Vana-Vandra_vallavalitsus, lk 41
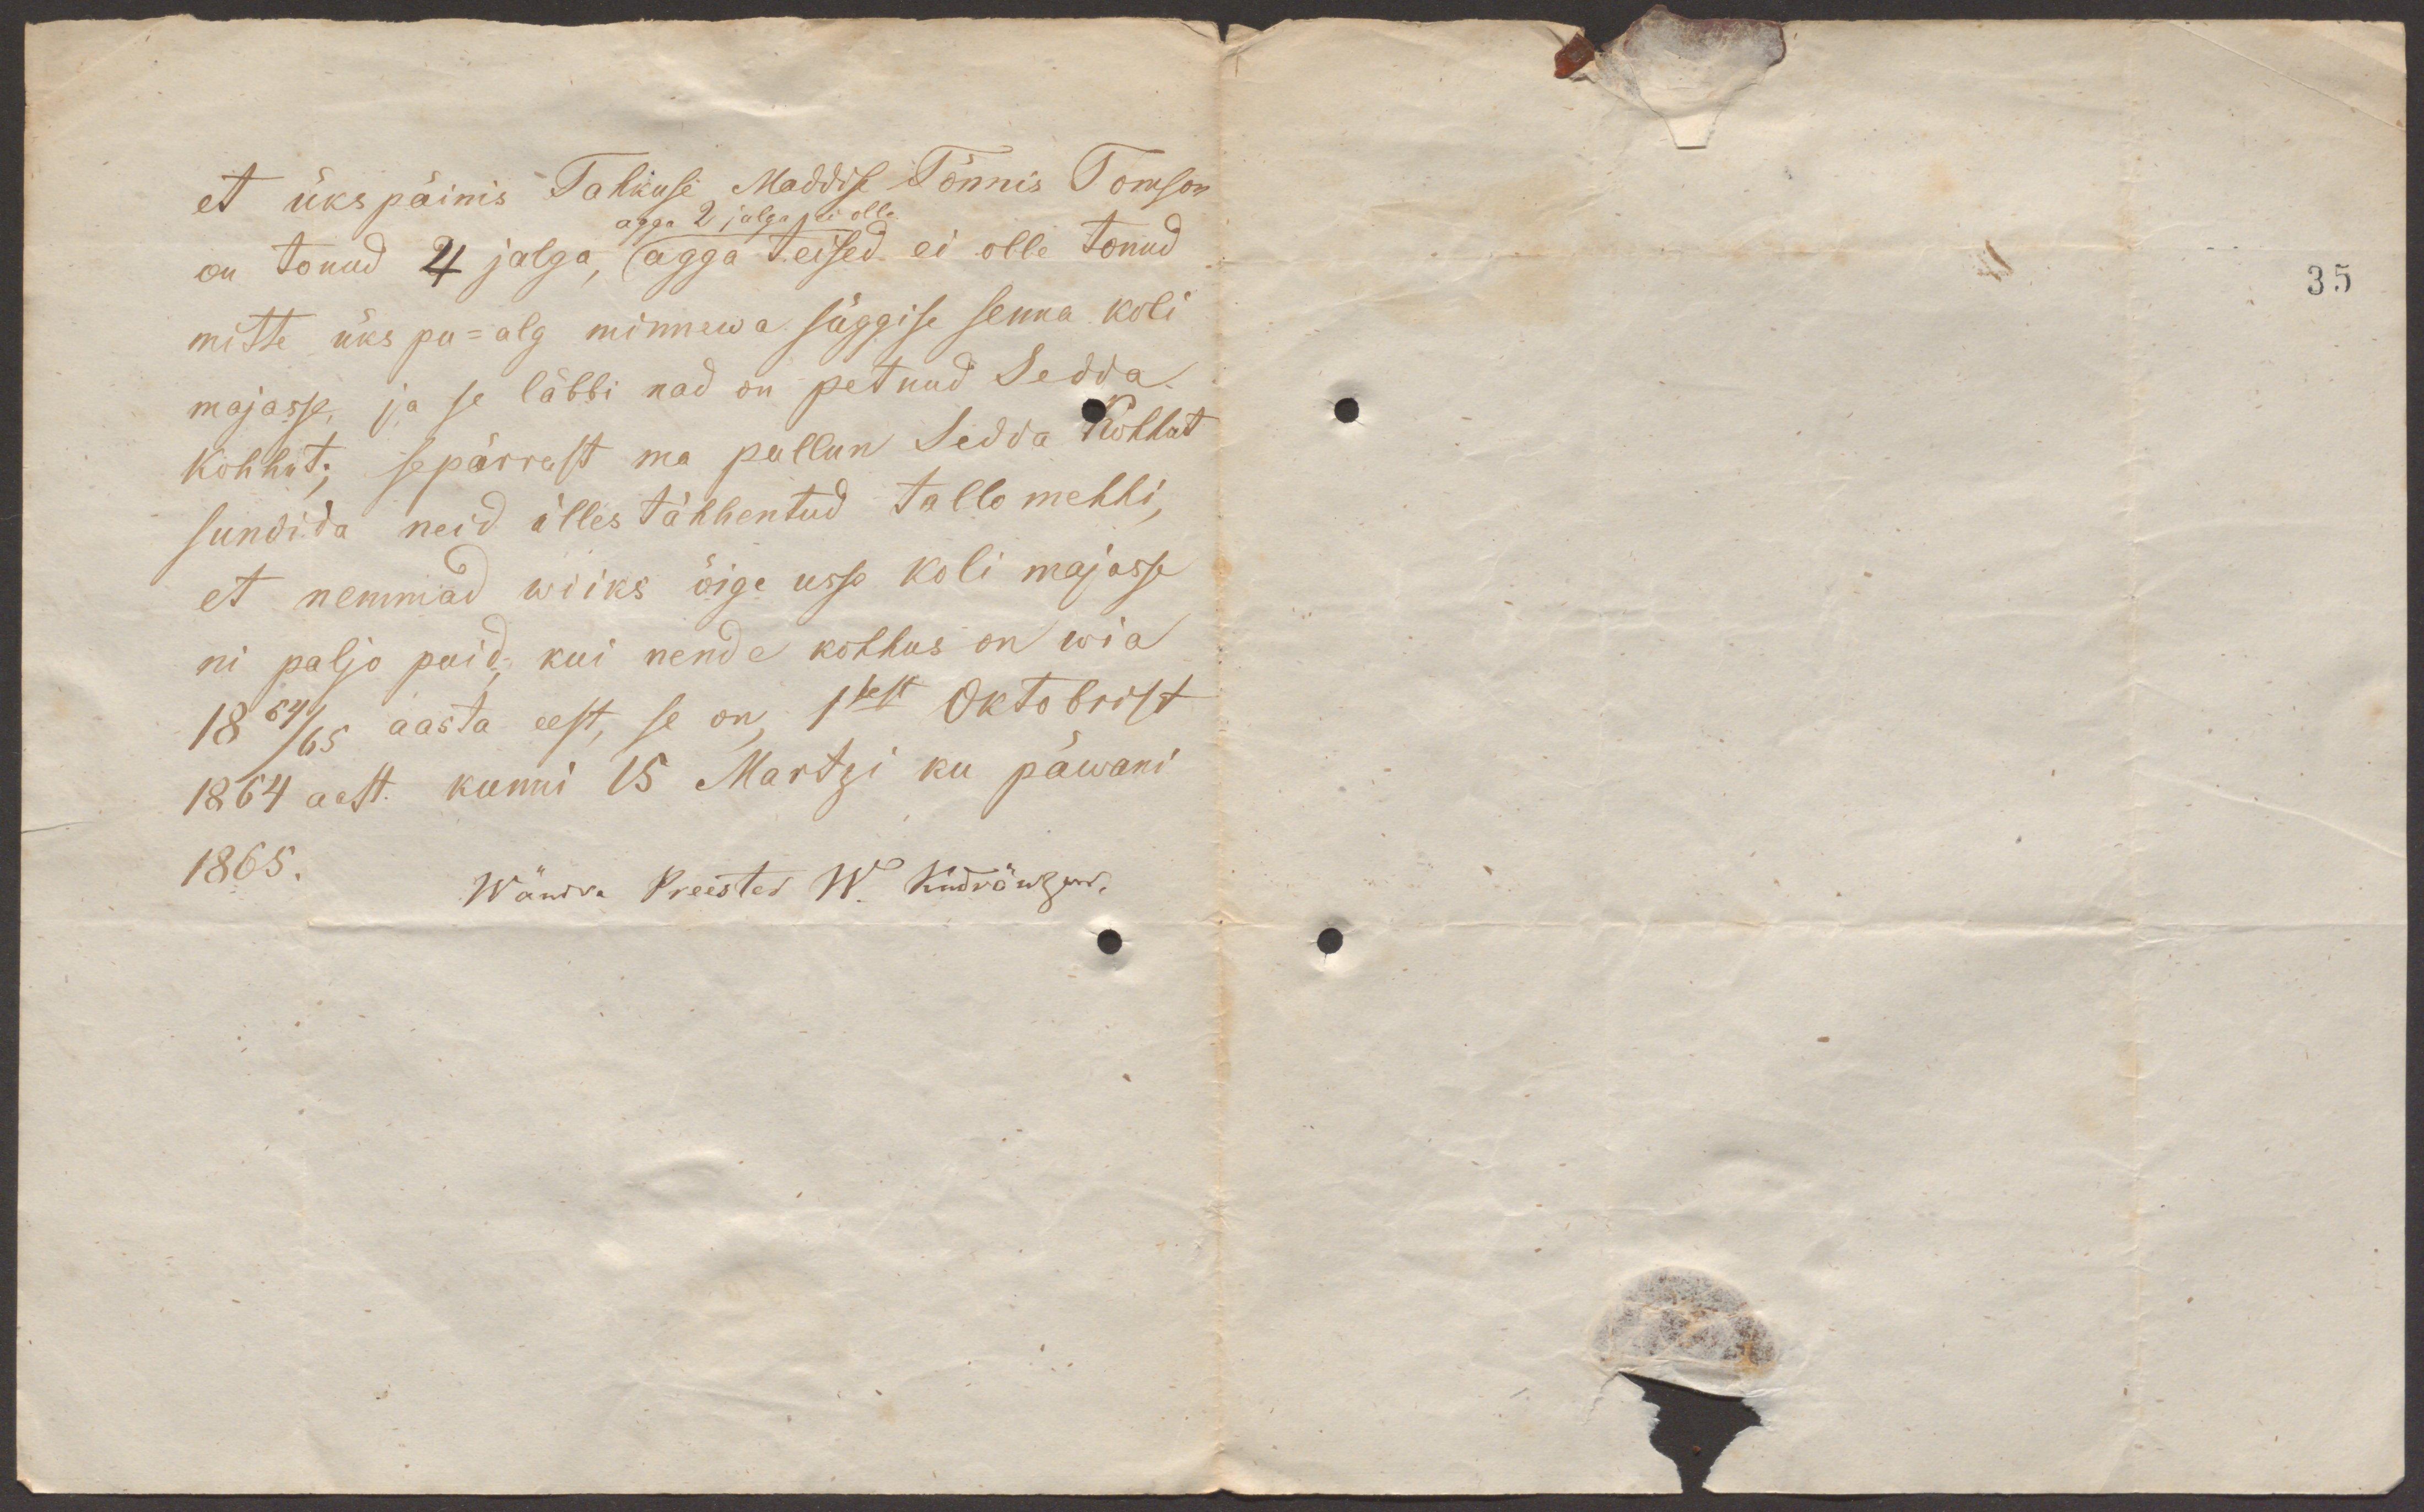
et ükspäinis Tahkuse Maddisse Tõnnis Tomson
agga 2 jalga ei olle.
on tonud 4 jalga, (agga teised ei olle tonud
mitte üks pu-alg minnewa süggise senna koli
majasse, ja se läbbi nad on petnud Sedda
kohhut; sepärrast ma pullun Sedda kohhot
sundida neid üllestähhentud Tallo mehhi,
et nemmad wiiks õige usso koli majasse
ni paljo puid, kui nende kohhus on wia
18 64/65 aasta eest, se on 1sest Oktobrist
1864 aast kunni 15 Martzi ku päwani
1865.
Wändra Preester W. Kudränzew

35